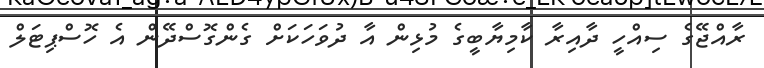
ރާއްޖޭގެ ސިއްހީ ދާއިރާ ކާމިޔާބީގެ މުޅިން އާ ދުވަހަކަށް ގެންގޮސްދޭން އެ ހޮސްޕިޓަލް